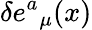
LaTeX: \delta e{^a}_{\mu}(x)